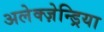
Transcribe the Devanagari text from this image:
अलेक्ज़ेन्ड्रिया